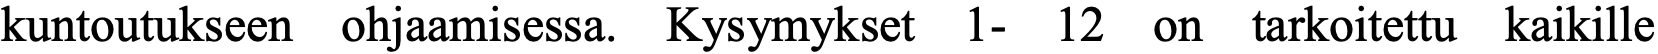
kuntoutukseen ohjaamisessa. Kysymykset 1- 12 on tarkoitettu kaikille